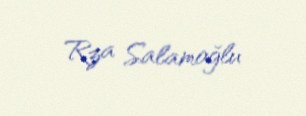
Rza Salamoğlu